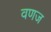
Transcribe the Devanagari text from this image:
वणज